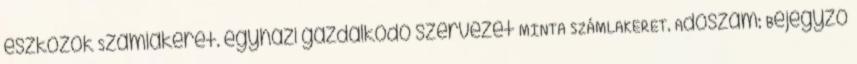
eszközök Számlakeret. egyházi gazdálkodó szervezet MINTA SZÁMLAKERET. Adószám: Bejegyző